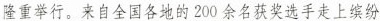
隆重举行。来自全国各地的200余名获奖选手走上缤纷